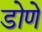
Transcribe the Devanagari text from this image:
डोणे